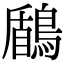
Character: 鶞